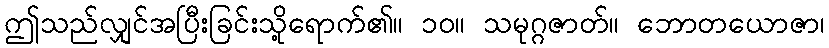
ဤသည်လျှင်အပြီးခြင်းသို့ရောက်၏။ ၁၀။ သမုဂ္ဂဇာတ်။ ဘောတယောဇာ၊